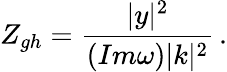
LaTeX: Z_{gh}=\frac{|y|^{2}}{(Im\omega)|k|^{2}}\, .